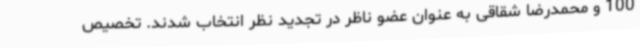
100 و محمدرضا شقاقی به عنوان عضو ناظر در تجدید نظر انتخاب شدند. تخصیص